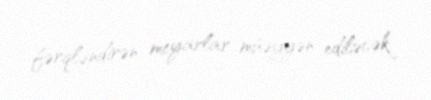
fərqləndirən meyarlar müəyyən ediləcək.